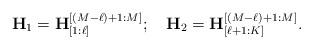
LaTeX: \begin{align*}&\mathbf{H}_1 = \mathbf{H}_{[1:\ell]}^{[(M-\ell) +1:M]};~~~ \mathbf{H}_2 = \mathbf{H}_{[\ell+1:K]}^{[(M-\ell) +1:M]}.\end{align*}